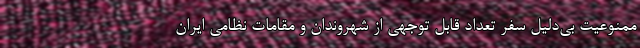
ممنوعیت بی‌دلیل سفر تعداد قابل توجهی از شهروندان و مقامات نظامی ایران